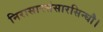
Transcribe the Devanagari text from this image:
निरासारसंसारसिन्धौ।